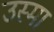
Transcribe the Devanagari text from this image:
उस्मा